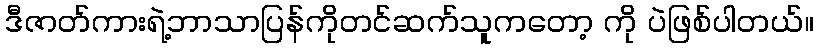
ဒီဇာတ်ကားရဲ့ဘာသာပြန်ကိုတင်ဆက်သူကတော့ ကို ပဲဖြစ်ပါတယ်။